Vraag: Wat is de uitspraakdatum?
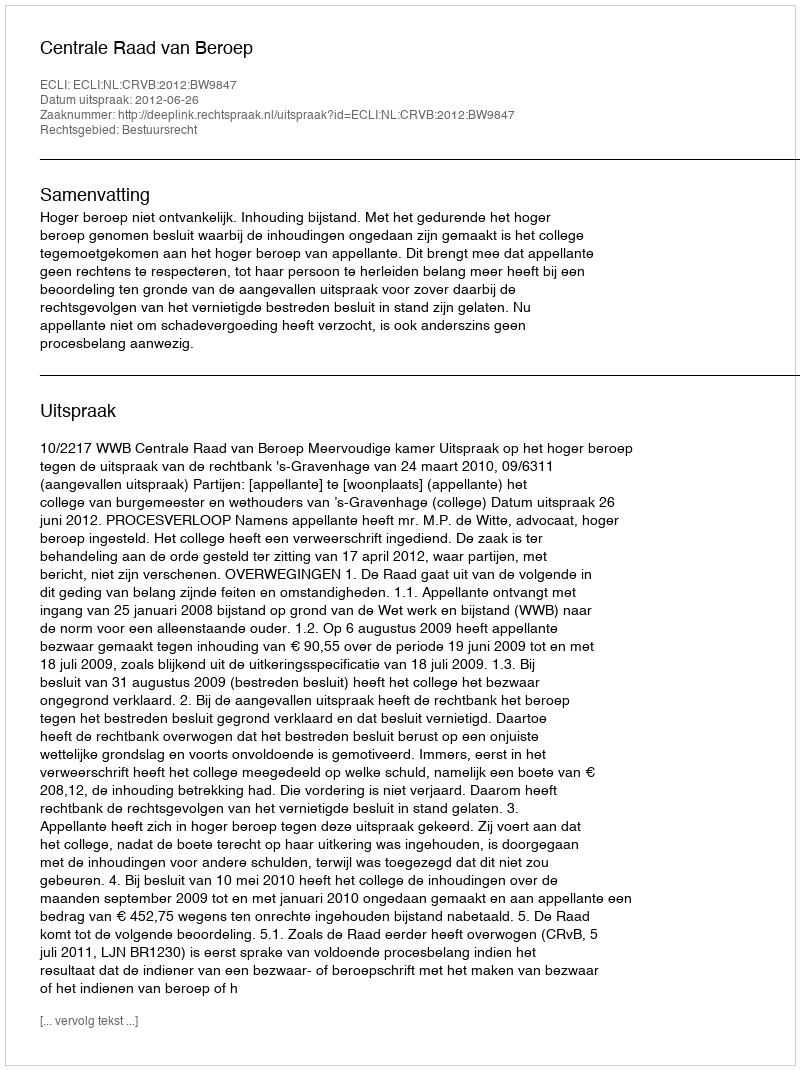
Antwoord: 2012-06-26